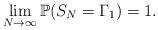
LaTeX: \begin{align*}\lim\limits_{N \rightarrow \infty} \mathbb{P}(S_{N}=\Gamma_{1})=1.\end{align*}